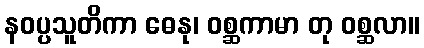
နဝပ္ပသူတိကာ ဓေနု၊ ဝစ္ဆကာမာ တု ဝစ္ဆလာ။